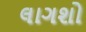
લાગશો